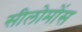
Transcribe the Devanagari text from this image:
सीलोमोंस